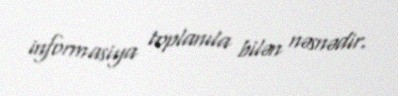
informasiya toplanıla bilən nəsnədir.